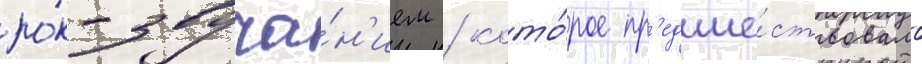
ро́к-звуча́н'ием / кото́рое пр'едше́ствовало